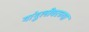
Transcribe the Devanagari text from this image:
गांगुलीवरच्या